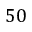
5 0